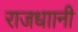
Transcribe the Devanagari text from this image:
राजधाानी